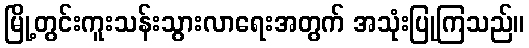
မြို့တွင်းကူးသန်းသွားလာရေးအတွက် အသုံးပြုကြသည်။